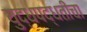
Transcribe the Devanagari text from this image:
युद्धपद्धतींचा